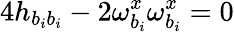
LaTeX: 4h_{b_{i}b_{i}}-2\omega_{b_{i}}^{x}\omega_{b_{i}}^{x}=0